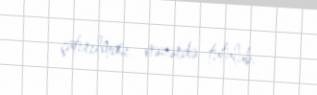
çatırılması nəzərdə tutulub.